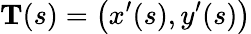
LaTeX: \mathbf{T}(s)={\bigl(}x^{\prime}(s),y^{\prime}(s){\bigr)}